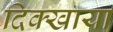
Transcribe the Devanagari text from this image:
दिक्खाया